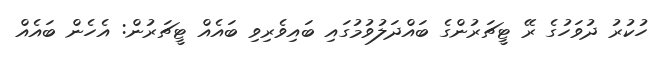
ހުކުރު ދުވަހުގެ ރޭ ޓީޗަރުންގެ ބައްދަލުވުމުގައި ބައިވެރިވި ބައެއް ޓީޗަރުން: އެހެން ބައެއް